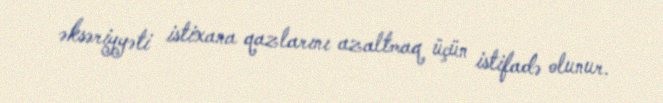
əksəriyyəti istixana qazlarını azaltmaq üçün istifadə olunur.